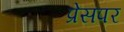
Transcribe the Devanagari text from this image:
प्रेसपर